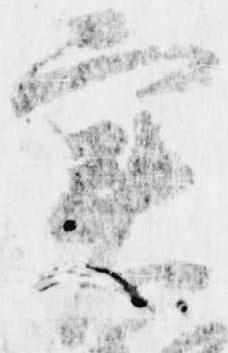
実